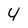
Character: 4